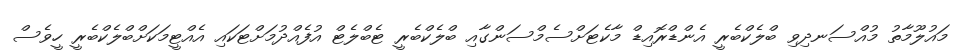
މައުލޫމާތު މުއްސަނދިވި ބްލެކްބެރީ އެންޑްރޮއިޑް މާކެޓަށްސެމްސަންގާއި ބްލެކްބެރީ ޓެބްލެޓް އުފެއްދުމަށްޓަކައި އެއްޓީމަކަށްބްލެކްބެރީ ހީވެސް